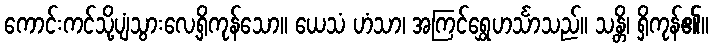
ကောင်းကင်သို့ပျံသွားလေ့ရှိကုန်သော။ ယေသံ ဟံသာ၊ အကြင်ရွှေဟင်္သာသည်။ သန္တိ၊ ရှိကုန်၏။